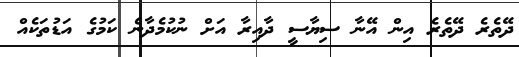
ދޭތެރެ ދޭތެރެ އިން އޭނާ ސިޔާސީ ދާއިރާ އަށް ނުކުމެދާނެ ކަމުގެ އަޑުތަކެއް